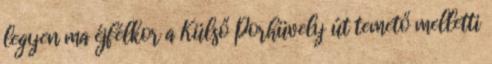
legyen ma éjfélkor a Külső Porhüvely út temető melletti